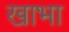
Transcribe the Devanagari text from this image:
खाभा